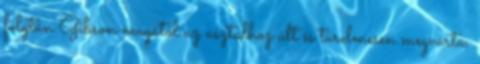
folytán Gibson magától az asztalhoz ült és türelmesen megvárta,